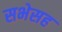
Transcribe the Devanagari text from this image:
सभेसह